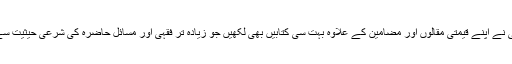
مولانا سنبھلی نے اپنے قیمتی مقالوں اور مضامین کے علاوہ بہت سی کتابیں بھی لکھیں جو زیادہ تر فقہی اور مسائل حاضرہ کی شرعی حیثیت سے متعلق ہیں۔